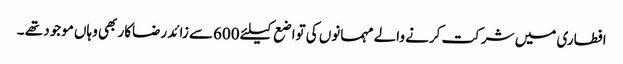
افطاری میں شرکت کرنے والے مہمانوں کی تواضع کیلئے 600سے زائد رضاکار بھی وہاں موجود تھے ۔